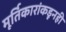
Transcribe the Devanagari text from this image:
मूर्तिकारांकडूनही